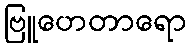
ဗြူဟေတာရော